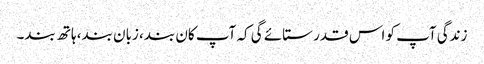
زندگی آپ کو اس قدر ستائے گی کہ آپ کان بند، زبان بند، ہاتھ بند۔